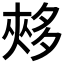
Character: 𡖳